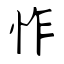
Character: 怍